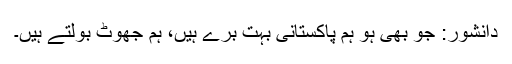
دانشور: جو بھی ہو ہم پاکستانی بہت برے ہیں، ہم جھوٹ بولتے ہیں۔